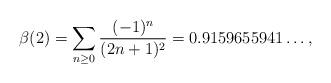
LaTeX: \begin{align*}\beta(2)=\sum_{n \geq 0} \frac{(-1)^{n}}{(2n+1)^2}=0.9159655941\ldots,\end{align*}